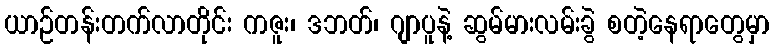
ယာဉ်တန်းတက်လာတိုင်း ကဇူး၊ ဒဘတ်၊ ဂျာပူနဲ့ ဆွမ်မားလမ်းခွဲ စတဲ့နေရာတွေမှာ